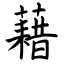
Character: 藉